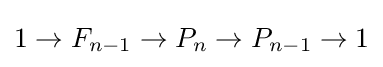
1\to F_{n-1}\to P_{n}\to P_{n-1}\to 1